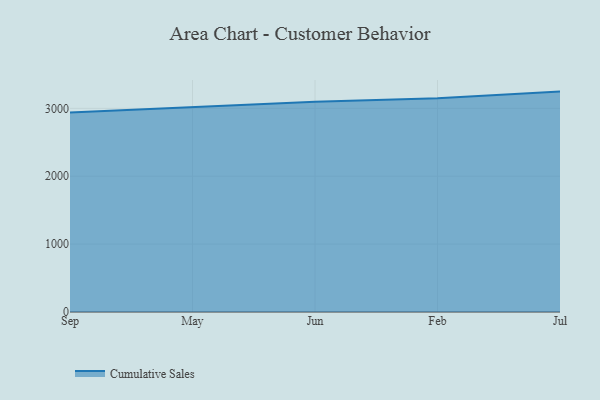
{"axis": {"x": "Month", "y": "Waste Production (Tons)"}, "legend": ["Cumulative Sales"], "data": [{"x": "Sep", "y": 2938.3, "type": "Cumulative Sales"}, {"x": "May", "y": 3016.9, "type": "Cumulative Sales"}, {"x": "Jun", "y": 3097.2, "type": "Cumulative Sales"}, {"x": "Feb", "y": 3150.2, "type": "Cumulative Sales"}, {"x": "Jul", "y": 3246.5, "type": "Cumulative Sales"}]}